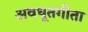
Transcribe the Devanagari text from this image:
अवधूतगीता